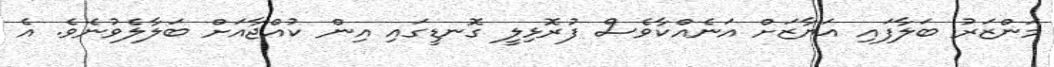
މަންޒަރު ބަލާފައި އަޔާޒަށް އަނެއްކާވެސް ފުރޮޅިލީ ގޮނޑީގައި އިން ކުއްޖާއަށް ބަލާލެވުނެވެ. އެ